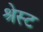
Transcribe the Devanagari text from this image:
श्रेस्ट